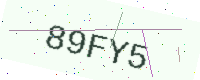
Text: 89FY5